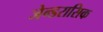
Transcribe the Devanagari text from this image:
जेन्डरासिक